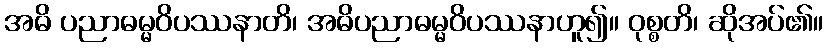
အဓိ ပညာဓမ္မဝိပဿနာတိ၊ အဓိပညာဓမ္မဝိပဿနာဟူ၍။ ဝုစ္စတိ၊ ဆိုအပ်၏။